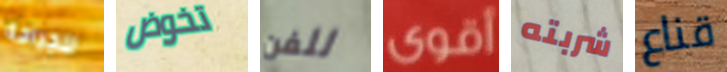
للجراحة تخوض للفن أقوى شربته قناع